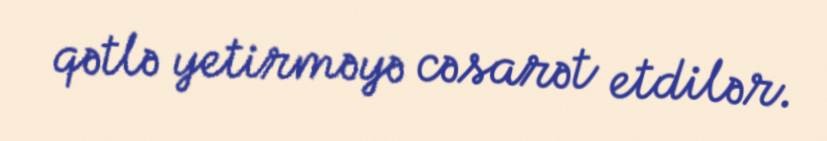
qətlə yetirməyə cəsarət etdilər.